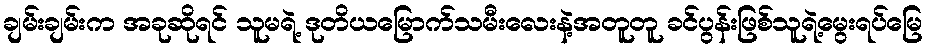
ချမ်းချမ်းက အခုဆိုရင် သူမရဲ့ ဒုတိယမြောက်သမီးလေးနဲ့အတူတူ ခင်ပွန်းဖြစ်သူရဲ့မွေးရပ်မြေ